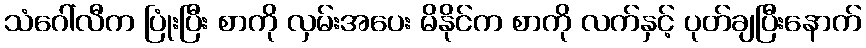
သံဂေါ်လီက ပြုံးပြီး စာကို လှမ်းအပေး မိနိုင်က စာကို လက်နှင့် ပုတ်ချပြီးနောက်